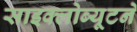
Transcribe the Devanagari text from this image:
साइक्लोब्यूटने